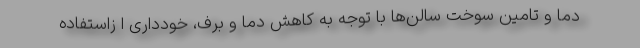
دما و تامین سوخت سالن‌ها با توجه به کاهش دما و برف، خودداری ا زاستفاده